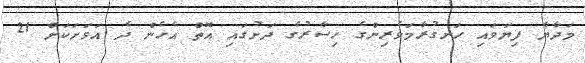
މަދާޔާ ފިޔަވައި ހަނގުރާމަވެރިންގެ ހިސާރުގެ ދަށުގައި އޮތް އެހެން ދެ އަވަށަކަށް 21